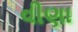
વીણા